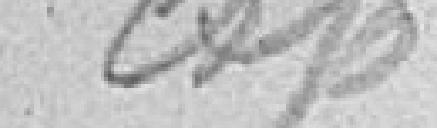
exp